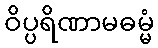
ဝိပ္ပရိဏာမဓမ္မံ